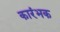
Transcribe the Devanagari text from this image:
कारंभक